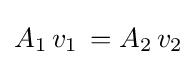
A_{1}\,v_{1}\,=A_{2}\,v_{2}